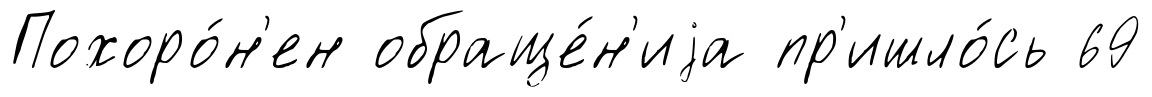
Похоро́н'ен обраще́н'иjа пр'ишло́сь 69